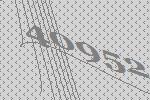
40952